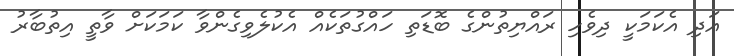
އަދި އެކަމަކީ ދިވެހި ރައްޔިތުންގެ ބޮޑަތި ހައްގުތަކެއް އެކުލެވިގެންވާ ކަމަކަށް ވާތީ އިތުބާރު